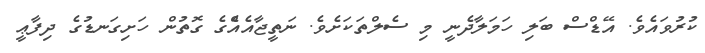
ކުރުވައެވެ. އޭޑްސް ބަލި ހަމަލާދެނީ މި ސެލްތަކަށެވެ. ނަތީޖާއެއްެގެ ގޮތުން ހަށިގަނޑުގެ ދިފާޢީ